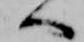
へ